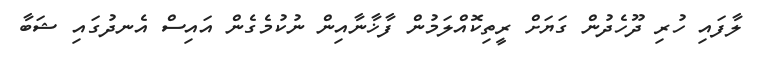
ލާފައި ހުރި ދޫހެދުން ގަޔަށް ރީތިކޮއްލަމުން ފާޚާނާއިން ނުކުމެގެން އައިސް އެނދުގައި ޝަބާ